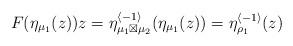
LaTeX: \begin{align*}F(\eta_{\mu_{1}}(z))z=\eta_{\mu_{1}\boxtimes\mu_{2}}^{\langle-1\rangle}(\eta_{\mu_{1}}(z))=\eta_{\rho_{1}}^{\langle-1\rangle}(z)\end{align*}